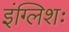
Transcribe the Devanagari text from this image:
इंग्लिशः